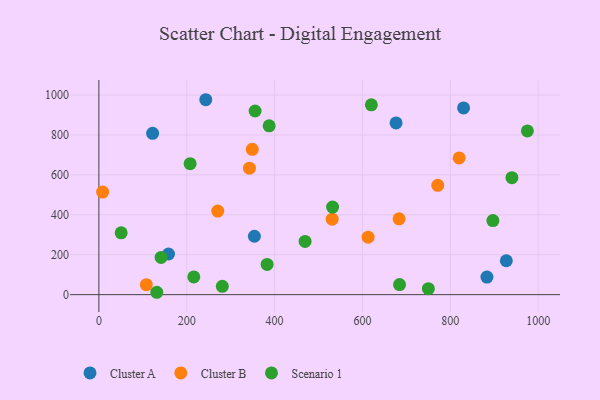
{"axis": {"x": "Price", "y": "Yield"}, "legend": ["Cluster A", "Cluster B", "Scenario 1"], "data": [{"x": "158.5", "y": 203.8, "type": "Cluster A"}, {"x": "883.3", "y": 87.9, "type": "Cluster A"}, {"x": "122.3", "y": 808.4, "type": "Cluster A"}, {"x": "676.5", "y": 860.6, "type": "Cluster A"}, {"x": "354.0", "y": 292.6, "type": "Cluster A"}, {"x": "830.1", "y": 935.7, "type": "Cluster A"}, {"x": "243.3", "y": 976.7, "type": "Cluster A"}, {"x": "927.5", "y": 169.8, "type": "Cluster A"}, {"x": "270.6", "y": 419.0, "type": "Cluster B"}, {"x": "8.5", "y": 514.0, "type": "Cluster B"}, {"x": "612.8", "y": 287.8, "type": "Cluster B"}, {"x": "771.4", "y": 547.6, "type": "Cluster B"}, {"x": "531.0", "y": 378.3, "type": "Cluster B"}, {"x": "349.1", "y": 728.3, "type": "Cluster B"}, {"x": "108.0", "y": 49.8, "type": "Cluster B"}, {"x": "342.7", "y": 633.6, "type": "Cluster B"}, {"x": "683.4", "y": 380.0, "type": "Cluster B"}, {"x": "820.1", "y": 685.0, "type": "Cluster B"}, {"x": "684.4", "y": 50.5, "type": "Scenario 1"}, {"x": "281.0", "y": 41.8, "type": "Scenario 1"}, {"x": "382.9", "y": 151.2, "type": "Scenario 1"}, {"x": "975.4", "y": 820.2, "type": "Scenario 1"}, {"x": "750.0", "y": 30.0, "type": "Scenario 1"}, {"x": "532.0", "y": 438.7, "type": "Scenario 1"}, {"x": "355.6", "y": 920.1, "type": "Scenario 1"}, {"x": "387.6", "y": 846.0, "type": "Scenario 1"}, {"x": "620.2", "y": 951.0, "type": "Scenario 1"}, {"x": "216.1", "y": 89.0, "type": "Scenario 1"}, {"x": "469.4", "y": 266.8, "type": "Scenario 1"}, {"x": "50.7", "y": 309.9, "type": "Scenario 1"}, {"x": "207.7", "y": 656.2, "type": "Scenario 1"}, {"x": "131.8", "y": 11.9, "type": "Scenario 1"}, {"x": "940.2", "y": 586.1, "type": "Scenario 1"}, {"x": "141.6", "y": 186.4, "type": "Scenario 1"}, {"x": "896.9", "y": 371.0, "type": "Scenario 1"}]}